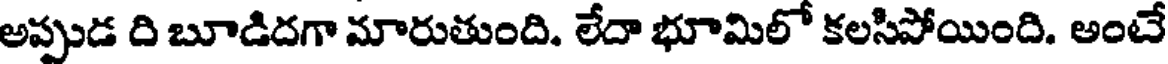
అప్పుడ ది బూడిదగా మారుతుంది. లేదా భూమిలో కలసిపోయింది. అంటే